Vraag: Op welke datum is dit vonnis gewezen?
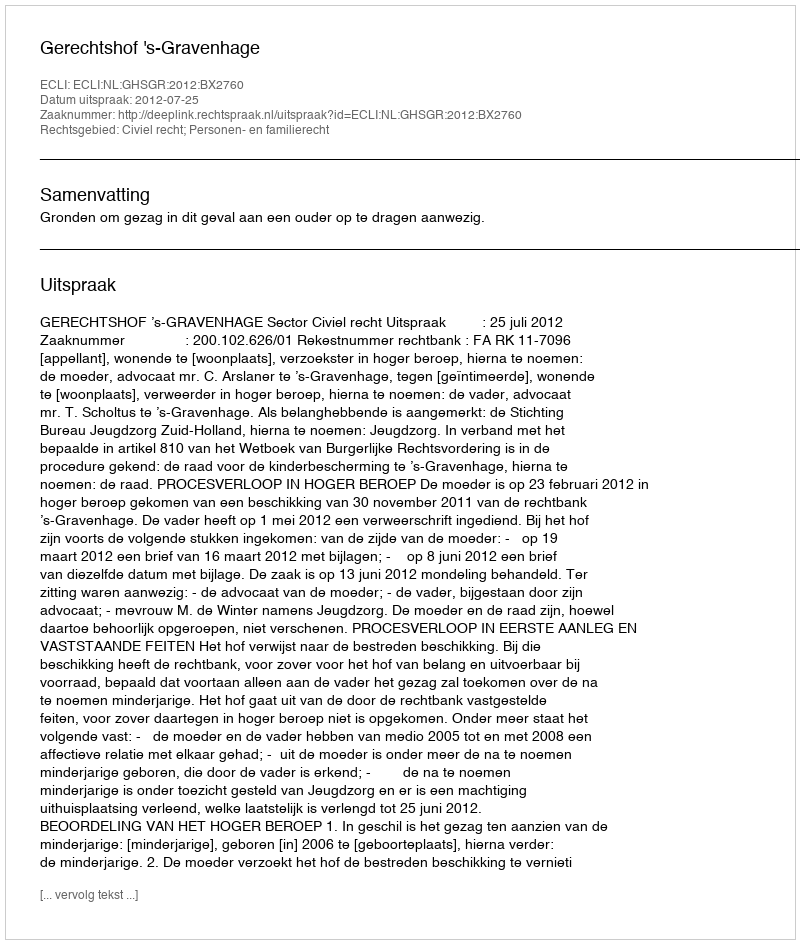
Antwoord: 2012-07-25